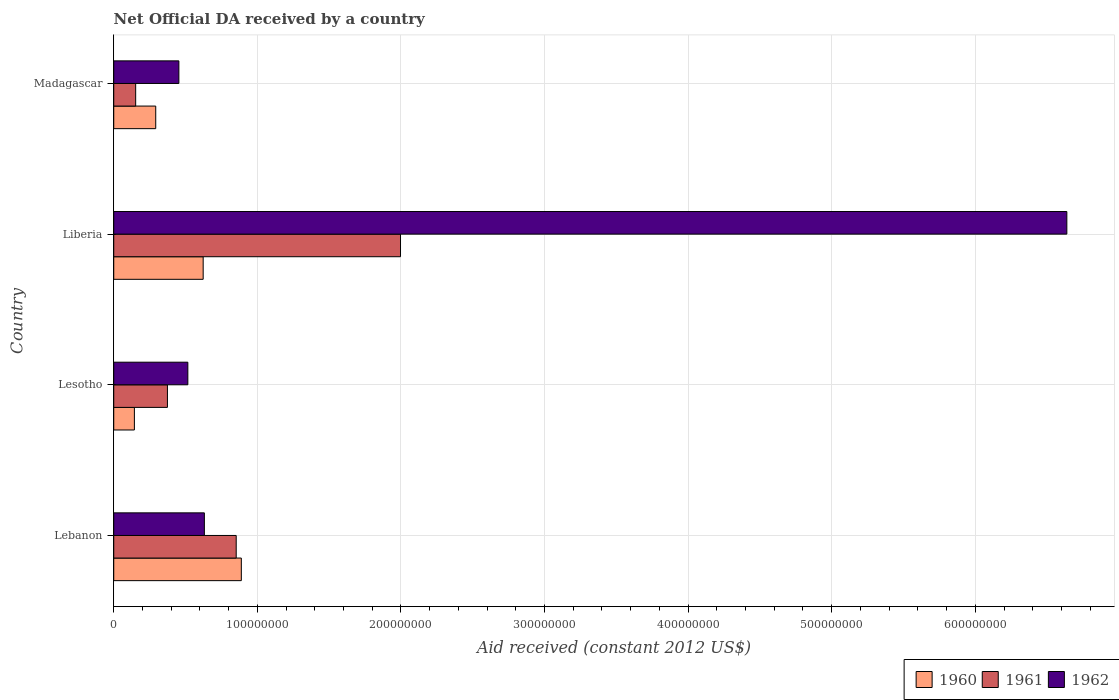
| Country | 1960 | 1961 | 1962 |
 | --- | --- | --- | --- |
 | Lebanon | 8.88e+07 | 8.53e+07 | 6.31e+07 |
 | Lesotho | 1.44e+07 | 3.74e+07 | 5.16e+07 |
 | Liberia | 6.23e+07 | 2e+08 | 6.64e+08 |
 | Madagascar | 2.92e+07 | 1.53e+07 | 4.54e+07 |